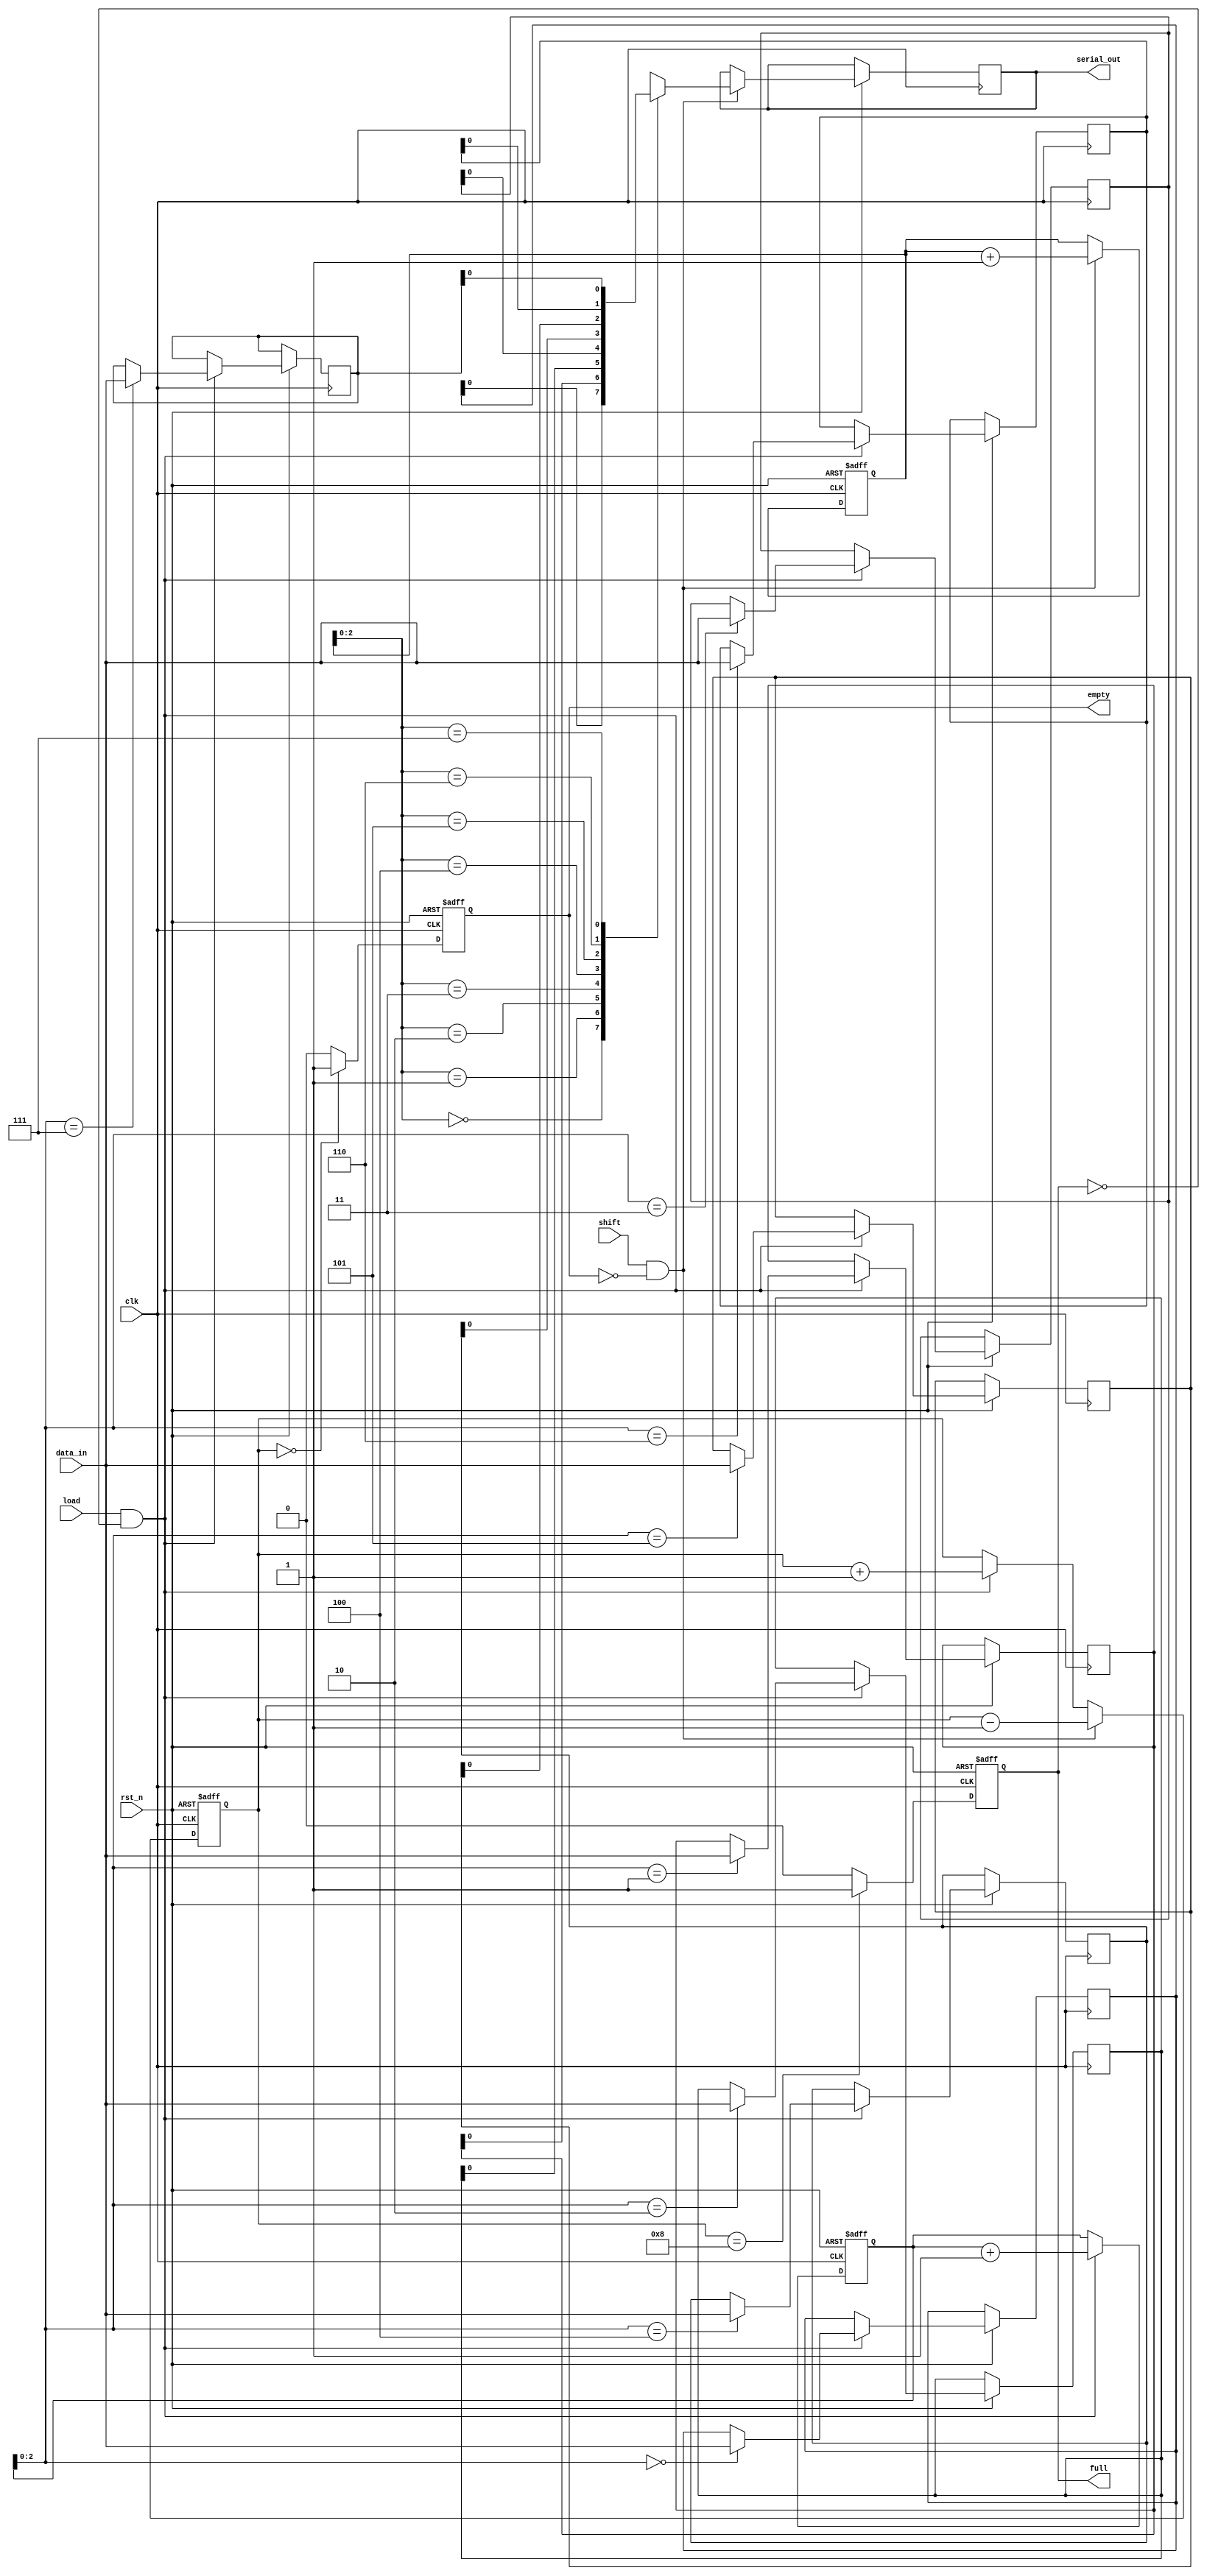
module FIFO_PISO #(
    parameter DEPTH = 8, // Parameterizable depth of the FIFO
    parameter WIDTH = 8   // Width of the data input
) (
    input wire clk,              // Clock signal
    input wire rst_n,            // Active low reset signal
    input wire load,             // Load signal to load data
    input wire shift,            // Shift signal to shift data out
    input wire [WIDTH-1:0] data_in, // Parallel data input
    output reg serial_out,       // Serial output
    output reg full,             // FIFO full flag
    output reg empty             // FIFO empty flag
);

    // Internal register to hold the data
    reg [WIDTH-1:0] fifo_memory [0:DEPTH-1];
    reg [3:0] write_pointer;      // Pointer for writing data
    reg [3:0] read_pointer;       // Pointer for reading data
    reg [3:0] count;              // Number of elements in FIFO

    // Synchronize the full and empty flags
    always @(posedge clk or negedge rst_n) begin
        if (!rst_n) begin
            full <= 1'b0;
            empty <= 1'b1;
            count <= 4'b0000;
            write_pointer <= 4'b0000;
            read_pointer <= 4'b0000;
        end else begin
            // Load data into FIFO
            if (load && !full) begin
                fifo_memory[write_pointer] <= data_in;
                write_pointer <= write_pointer + 1;
                count <= count + 1;
            end
            
            // Shift data out serially
            if (shift && !empty) begin
                serial_out <= fifo_memory[read_pointer][0];
                read_pointer <= read_pointer + 1;
                count <= count - 1;
            end
            
            // Update full and empty flags
            full <= (count == DEPTH) ? 1'b1 : 1'b0;
            empty <= (count == 0) ? 1'b1 : 1'b0;
        end
    end

endmodule